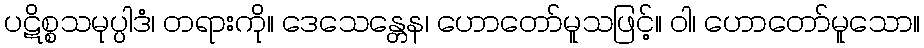
ပဋိစ္စသမုပ္ပါဒံ၊ တရားကို။ ဒေသေန္တေန၊ ဟောတော်မူသဖြင့်။ ဝါ၊ ဟောတော်မူသော။